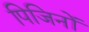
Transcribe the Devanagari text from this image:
पिजिनों